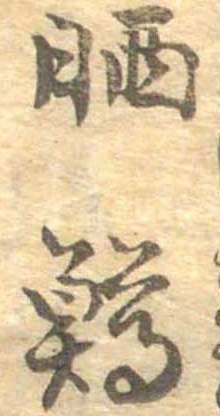
晒鱒